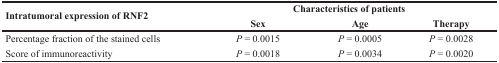
<table><thead><tr><td rowspan="2"><b>Intratumoral expression of RNF2</b></td><td colspan="3"><b>Characteristics of patients</b></td></tr><tr><td><b>Sex</b></td><td><b>Age</b></td><td><b>Therapy</b></td></tr></thead><tbody><tr><td>Percentage fraction of the stained cells</td><td><i>P</i> = 0.0015</td><td><i>P</i> = 0.0005</td><td><i>P</i> = 0.0028</td></tr><tr><td>Score of immunoreactivity</td><td><i>P</i> = 0.0018</td><td><i>P</i> = 0.0034</td><td><i>P</i> = 0.0020</td></tr></tbody></table>